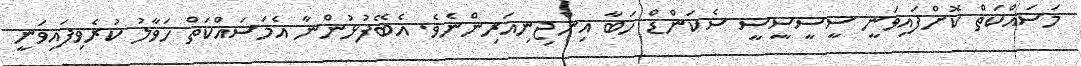
މަސައްކަތް ކޮށްފައިވަނީ ސީސީސީސީ ސެކަންޑް ހަބާ އިންޖިނިއަރިންނެވެ. އެބޭފުޅުންނާ އެމަސައްކަތް ހަވާލު ކުރެވިފައިވަނީ